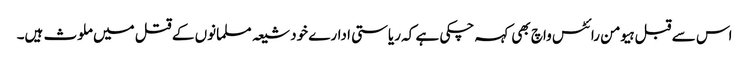
اس سے قبل ہیومن رائٹس واچ بھی کہہ چکی ہے کہ ریاستی ادارے خود شیعہ مسلمانوں کے قتل میں ملوث ہیں۔